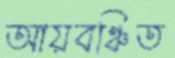
আয়বঞ্চিত